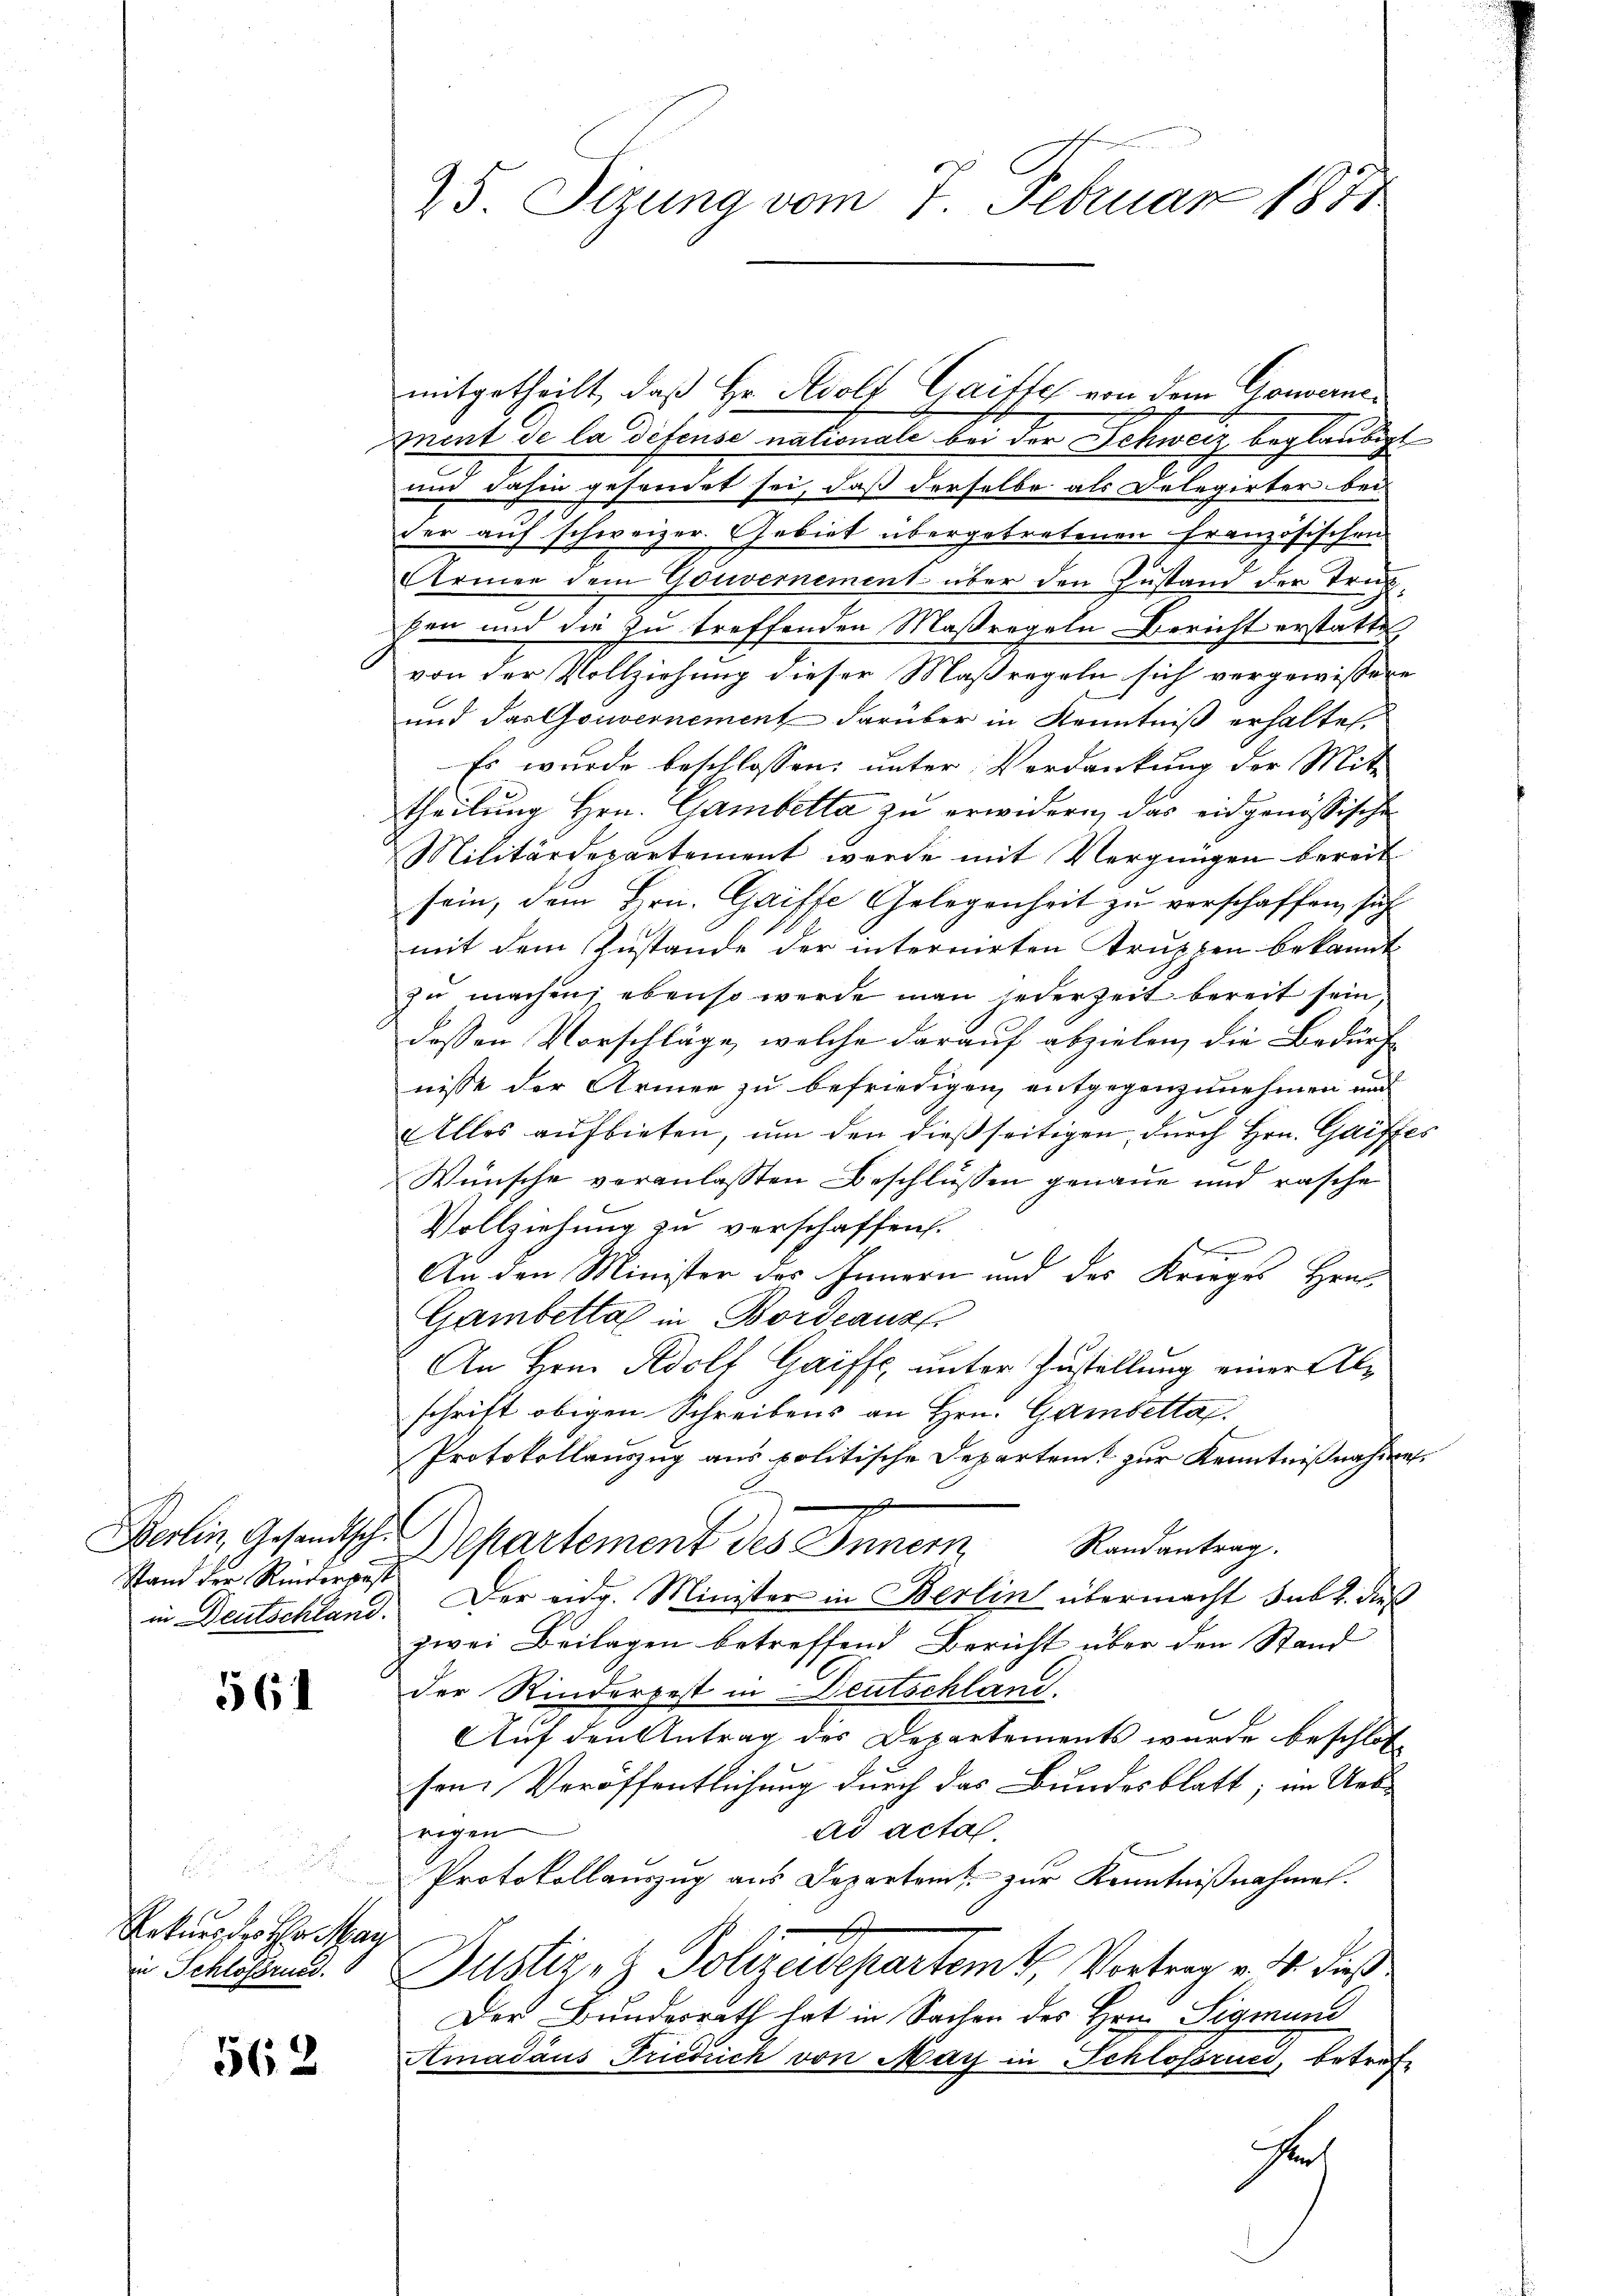
Stand der Rinderpost

561

.
Rekurs der Mag
in Schloßrucd.

562

25. Sizung vom 7. Februar 1871

e
Inent de la défense nationale bei der Schweiz beglaubigt
und dahin gesondet sei, daß derselbe als Delegirter bei
der auf schweizer. Gebiet übergetretenen Französischen
Armen dem Gouvernement über den Zustand der Trakben und die zu treffenden Maßregeln Bericht erstatte
von der Vollziehung dieser Maßregeln sich vergewissene
und das Gouvernement darüber in Kenntniß erhaltet.
Es wurde beschlossen: unter Verdankung der Mit-
theilung Hrn. Gambetta zu erwidern, das eidgenössische
Militärdepartement werde mit Vergnügen bereit
sein, dem Hrn. Gaiffe Gelegenheit zu verschaffen, sich
mit dem Zustande der internirten Trutzen bekannt
zu machen; ebenso werde man jederzeit bereit sein,
dessen Vorschläge, welche darauf abzielen, die Bedürf
nisse der Armen zu befriedigen entgegenzunehmen und
Alles aufbieten, um den dießseitigen, durch Hrn. Griffes
Wünsche veranlassten Beschlussen genaue und rasche
Vollziehung zu verschaffen.
An den Minister des Innern und des Krieges Herr
Gambettal in Bordeaus
An Hrn. Adolf Gaiffe unter Zustellung einer Alschrift obigen Schreibens an Hrn. Gambetta.
Protokollauszug aus politische Departeit zur Kenntnißnahme
e
Berlin, Gesandtsch. Departement des Innern Randantrag.
in Deutschland. Der eidg. Minister in Berlin übermacht sub. dieß
zwei Beilagen betreffend Bericht über den Stand
der Rinderpest in Deutschland.
Auf den Antrag des Departements wurde beschlos
sen Veröffentlichung durch das Bundesblatt, im Uebe
ad acta.
rigen
Protokollauszug aus Departent zur Kenntnißnahme.
Justiz- & Polizeidepartemt. Vortrag v. M. dieß
Der Bundesrath hat in Sachen des Hrn. Sigmund
Amadaus Friedrich von May in Schlossrues, betref
Her

mitgetheilt, daß Hr. Adolf Gaitte von dem Gowerne¬